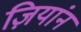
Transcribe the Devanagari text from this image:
ज़ियांन